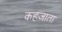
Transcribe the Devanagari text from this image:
कहजाता